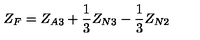
Z _ { F } = Z _ { A 3 } + { \frac { 1 } { 3 } } Z _ { N 3 } - { \frac { 1 } { 3 } } Z _ { N 2 }